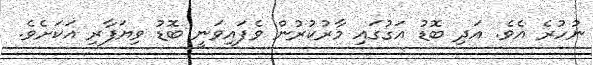
ނުހުރެ އެވެ. އަދި ބޮޑު އަގުގައި މާރުކުރުން ވެފައިވަނީ ބޮޑު ވިޔަފާރި އަކަށެވެ.